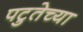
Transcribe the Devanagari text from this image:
पटुतेच्या